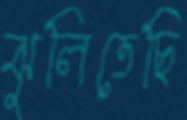
ঝুলিতেছি